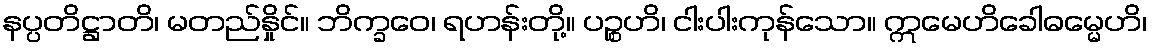
နပ္ပတိဋ္ဌာတိ၊ မတည်နှိုင်။ ဘိက္ခဝေ၊ ရဟန်းတို့။ ပဉ္စဟိ၊ ငါးပါးကုန်သော။ ဣမေဟိခေါဓမ္မေဟိ၊